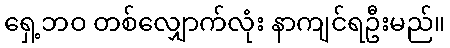
ရှေ့ဘဝ တစ်လျှောက်လုံး နာကျင်ရဦးမည်။